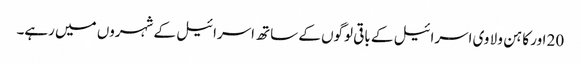
20 اور کا ہن و لا وی اسرائیل کے باقی لوگوں کے ساتھ اسرائیل کے شہروں میں رہے۔